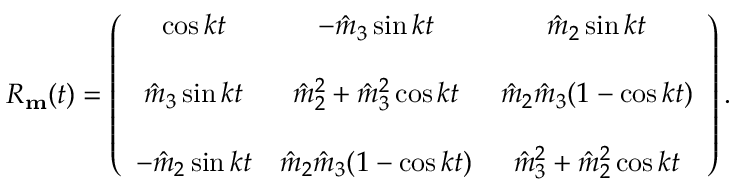
\begin{array} { r } { R _ { \bf m } ( t ) = \left( \begin{array} { c c c } { \cos k t } & { - \hat { m } _ { 3 } \sin k t } & { \hat { m } _ { 2 } \sin k t } \\ { } & { } & { } \\ { \hat { m } _ { 3 } \sin k t } & { \hat { m } _ { 2 } ^ { 2 } + \hat { m } _ { 3 } ^ { 2 } \cos k t } & { \hat { m } _ { 2 } \hat { m } _ { 3 } ( 1 - \cos k t ) } \\ { } & { } & { } \\ { - \hat { m } _ { 2 } \sin k t } & { \hat { m } _ { 2 } \hat { m } _ { 3 } ( 1 - \cos k t ) } & { \hat { m } _ { 3 } ^ { 2 } + \hat { m } _ { 2 } ^ { 2 } \cos k t } \end{array} \right) . } \end{array}